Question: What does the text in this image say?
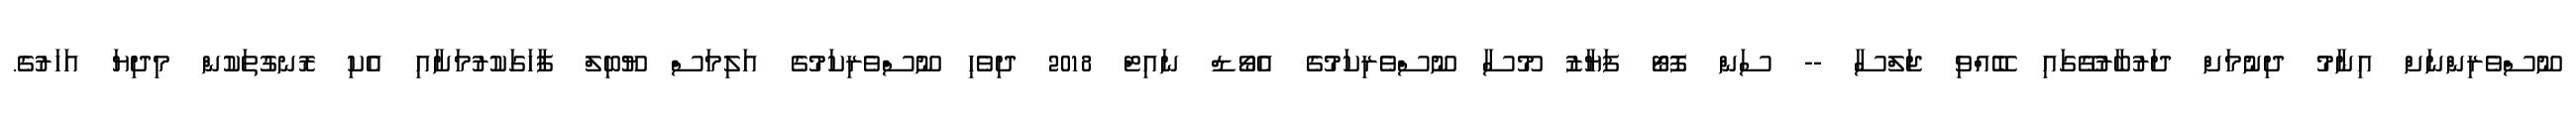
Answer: ނޫސްވެރިންނަށް އިނާމު ދިނުމަށް ދަރުބާރުގޭގައި ބޭއްވި ޖަލްސާ -- ސަން ފޮޓޯ ފަޔާޒު މޫސާ ނޫސްވެރިކަމުގެ އެވޯޑް ނައިޓް 2018 ދިވެހި ނޫސްވެރިކަމުގެ އަލިމަސް ޔޫބިލް ފާހަގަކުރުމަށާއި އެކި ރޮނގުތަކުން މިދިޔަ އަހަރުގެ.